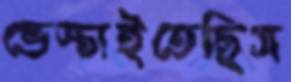
ভেস্তাইতেছিস